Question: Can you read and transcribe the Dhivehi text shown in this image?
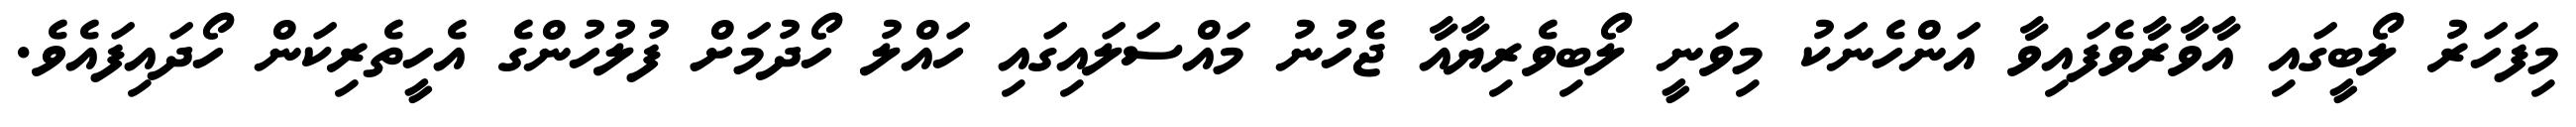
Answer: މިފަހަރު ލޯބީގައި އާވާރާވެފައިވާ އަންހެނަކު މިވަނީ ލޯބިވެރިޔާއާ ޖެހުނު މައްސަލައިގައި ހައްލު ހޯދުމަށް ފުލުހުންގެ އެހީތެރިކަން ހޯދައިފައެވެ.